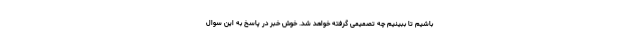
باشیم تا ببینیم چه تصمیمی گرفته خواهد شد. خوش خبر در پاسخ به این سوال